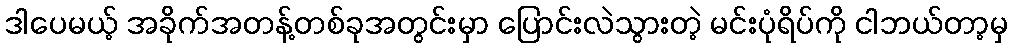
ဒါပေမယ့် အခိုက်အတန့်တစ်ခုအတွင်းမှာ ပြောင်းလဲသွားတဲ့ မင်းပုံရိပ်ကို ငါဘယ်တာ့မှ